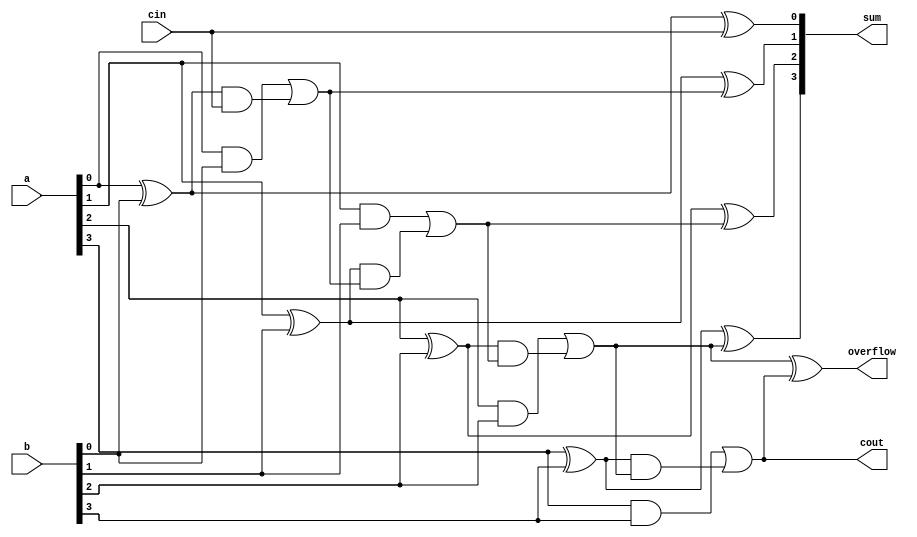
`timescale 1ns / 1ps
//////////////////////////////////////////////////////////////////////////////////
// Company: 
// Engineer: 
// 
// Design Name: 
// Module Name:    CarryLookAheadAdder 
// Project Name: 
// Target Devices: 
// Tool versions: 
// Description: 
//
// Dependencies: 
//
// Revision: 
// Revision 0.01 - File Created
// Additional Comments: 
//
//////////////////////////////////////////////////////////////////////////////////
module CarryLookAheadAdder(
	input[3:0] a,
	input[3:0] b,
	input cin,
	output [3:0] sum,
	output cout,
	output overflow
);

	wire[2:0] ripple;
	wire[3:0] cg;
	wire[3:0] cp;
	
	assign cg[0] = a[0] & b[0];
	assign cg[1] = a[1] & b[1];
	assign cg[2] = a[2] & b[2];
	assign cg[3] = a[3] & b[3];

	xor(cp[0], a[0], b[0]);
	xor(cp[1], a[1], b[1]);
	xor(cp[2], a[2], b[2]);
	xor(cp[3], a[3], b[3]);

	assign ripple[0] = cg[0] | (cp[0] & cin);
	assign ripple[1] = cg[1] | (cp[1] &ripple[0]);
	assign ripple[2] = cg[2] | (cp[2] & ripple[1]);
	assign cout = cg[3] | (cp[3] & ripple[2]);

	xor(overflow, ripple[2], cout);

	xor(sum[0], cp[0], cin);
	xor(sum[1], cp[1], ripple[0]);
	xor(sum[2], cp[2], ripple[1]);
	xor(sum[3], cp[3], ripple[2]);

endmodule